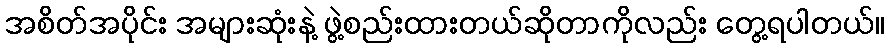
အစိတ်အပိုင်း အများဆုံးနဲ့ ဖွဲ့စည်းထားတယ်ဆိုတာကိုလည်း တွေ့ရပါတယ်။